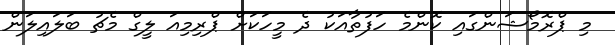
މި ޕްރޮމޯޝަންގައި ކޮންމެ ހަފުތާއަކު ދެ މީހަކަށް ޕްރިމިއަ ލީގް މެޗު ބަލައިލަން